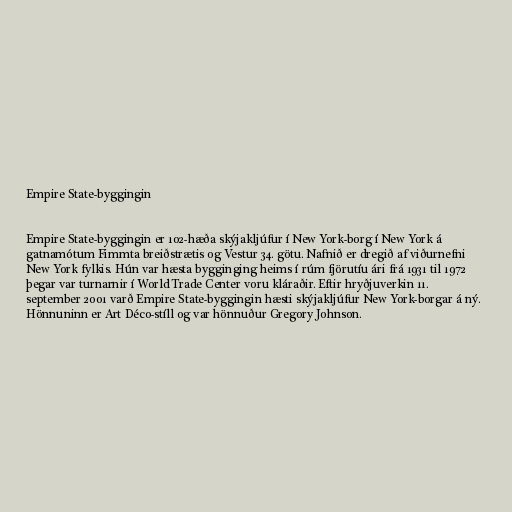
Empire State-byggingin

Empire State-byggingin er 102-hæða skýjakljúfur í New York-borg í New York á
gatnamótum Fimmta breiðstrætis og Vestur 34. götu. Nafnið er dregið af viðurnefni
New York fylkis. Hún var hæsta bygginging heims í rúm fjörutíu ári frá 1931 til 1972
þegar var turnarnir í World Trade Center voru kláraðir. Eftir hryðjuverkin 11.
september 2001 varð Empire State-byggingin hæsti skýjakljúfur New York-borgar á ný.
Hönnuninn er Art Déco-stíll og var hönnuður Gregory Johnson.